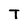
Character: T